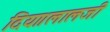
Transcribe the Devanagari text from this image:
दिया।लालजी